Note on the mental hospitals in Burma - 1925-1940
Year: 1925
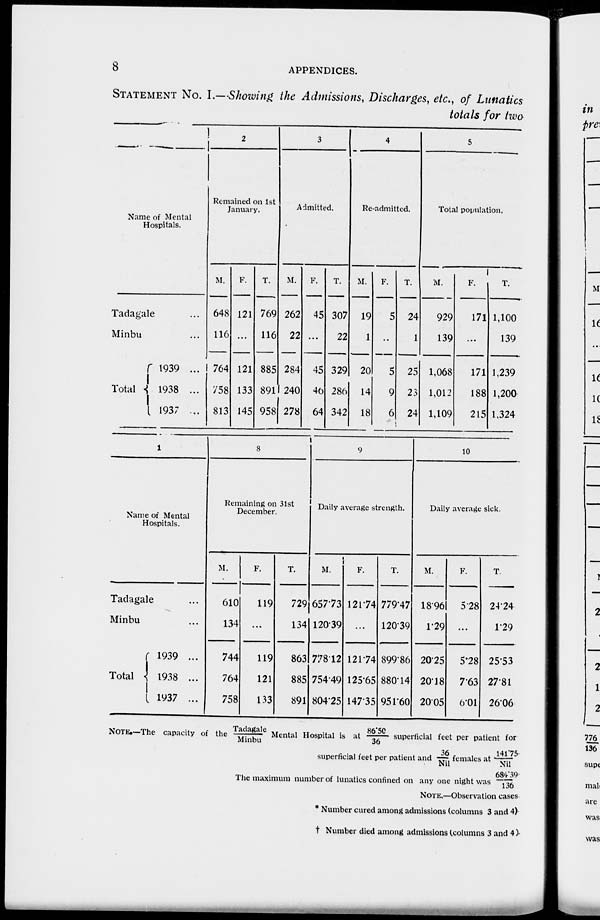
8
APPENDICES.
STATEMENT NO. I.—Showing the Admissions, Discharges, etc., of Lunatics
totals for two
Name of Mental
Hospitals.
Tadagale ...
Minbu ...
Total
1939
...
1938 ...
1937 ...
2
Remained on 1st
January.
M.
648
116
764
758
813
F.
121
...
121
133
145
T.
769
116
885
891
958
3
Admitted.
M.
262
22
284
240
278
F.
45
...
45
46
64
T.
307
22
329
286
342
4
Re-admitted.
M.
19
1
20
14
18
F.
5
...
5
9
6
T.
24
1
25
23
24
5
Total population.
M.
929
139
1,068
1,012
1,109
F.
171
...
171
188
215
T.
1,100
139
1,239
1,200
1,324
1
Name of Mental
Hospitals.
Tadagale ...
Minbu ...
Total
1939 ...
1938 ...
1937 ...
8
Remaining on 31st
December.
M.
610
134
744
764
758
F.
119
...
119
121
133
T.
729
134
863
885
891
9
Daily average strength.
M.
657.73
120.39
778.12
754.49
804.25
F.
121.74
...
121.74
125.65
147.35
T.
779.47
120.39
899.86
880.14
951.60
10
Daily average sick.
M.
18.96
1.29
20.25
20.18
20.05
F.
5.28
...
5.28
7.63
6.01
T.
24.24
1.29
25.53
27.81
26.06
NOTE .—The capacity of the Tadagale/Minbu Mental Hospital is at 86.50/ 36 superficial feet per patient for
superficial feet per patient and 36/Nil females at 141.75/Nil
The maximum number of lunatics confined on any
NOTE.—Observation cases
* Number cured among admissions (columns 3 and 4)
† Number died among admissions (columns 3 and 4 )